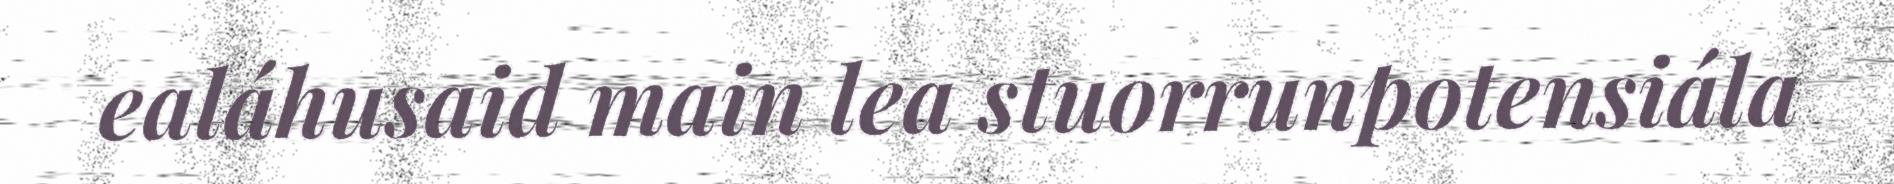
ealáhusaid main lea stuorrunpotensiála